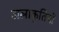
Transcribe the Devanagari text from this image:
जलाकृतियों